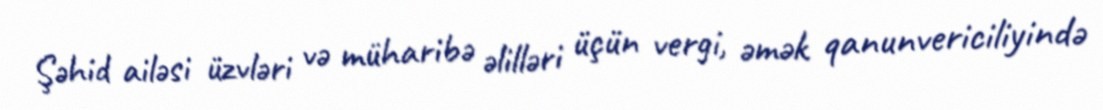
Şəhid ailəsi üzvləri və müharibə əlilləri üçün vergi, əmək qanunvericiliyində